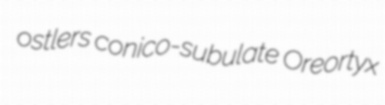
ostlers conico-subulate Oreortyx